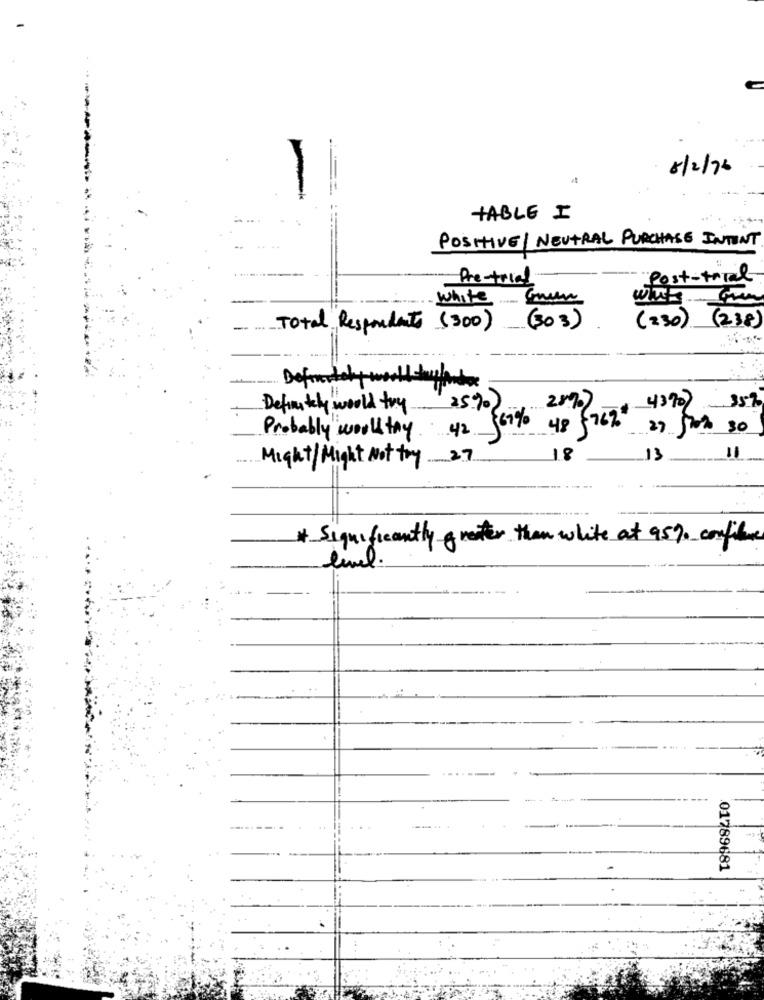
8/2/76
TABLE I
POSITIVE/ NEUTRAL PURCHASE INTENT
Pre-tried
Post-trial
(230) (238)
Total Respondents (300)
(303)
Definitely world hassido
Definitely would try 25%)
28%)
43907 35%
42 567% 48 5767
2) 50 30
Probably wooltry ....
Might/ Might Not toy 27
18
13
11
* Significantly greater than white at 95% confiture
01789681